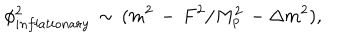
LaTeX: \phi _ { i n f l a t i o n a r y } ^ { 2 } \, \sim \, ( m ^ { 2 } \, - \, F ^ { 2 } / M _ { p } ^ { 2 } \, - \Delta m ^ { 2 } ) ,